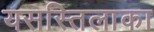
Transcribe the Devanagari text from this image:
यसस्तिलाका